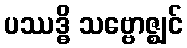
ပဿဒ္ဓိ သဗ္ဗောဇ္ဈင်